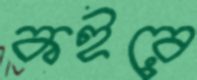
কইরে